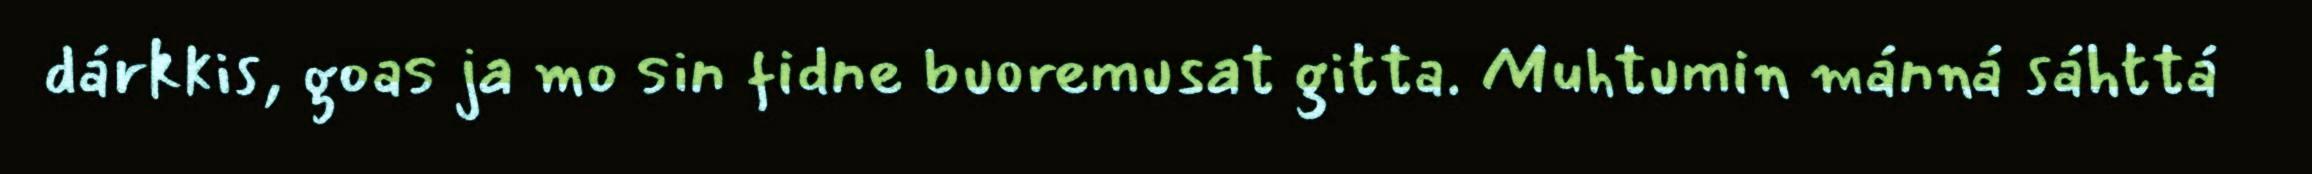
dárkkis, goas ja mo sin fidne buoremusat gitta. Muhtumin mánná sáhttá